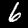
Digit: 6